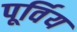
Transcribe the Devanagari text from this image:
पूर्विय